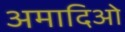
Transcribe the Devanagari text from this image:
अमादिओ